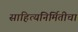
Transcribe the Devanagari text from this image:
साहित्यनिर्मितीचा